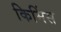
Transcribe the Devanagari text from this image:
किमिंस